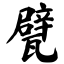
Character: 甓